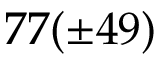
7 7 ( \pm 4 9 )